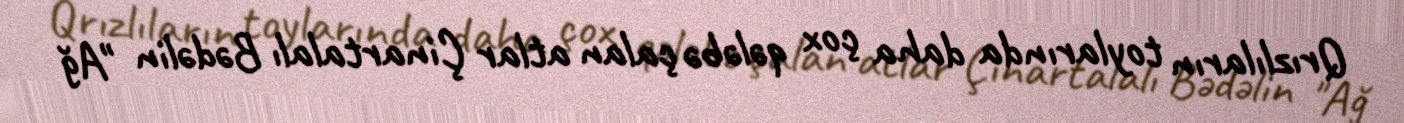
Qrızlıların toylarında daha çox qələbə çalan atlar Çinartalalı Bədəlin "Ağ